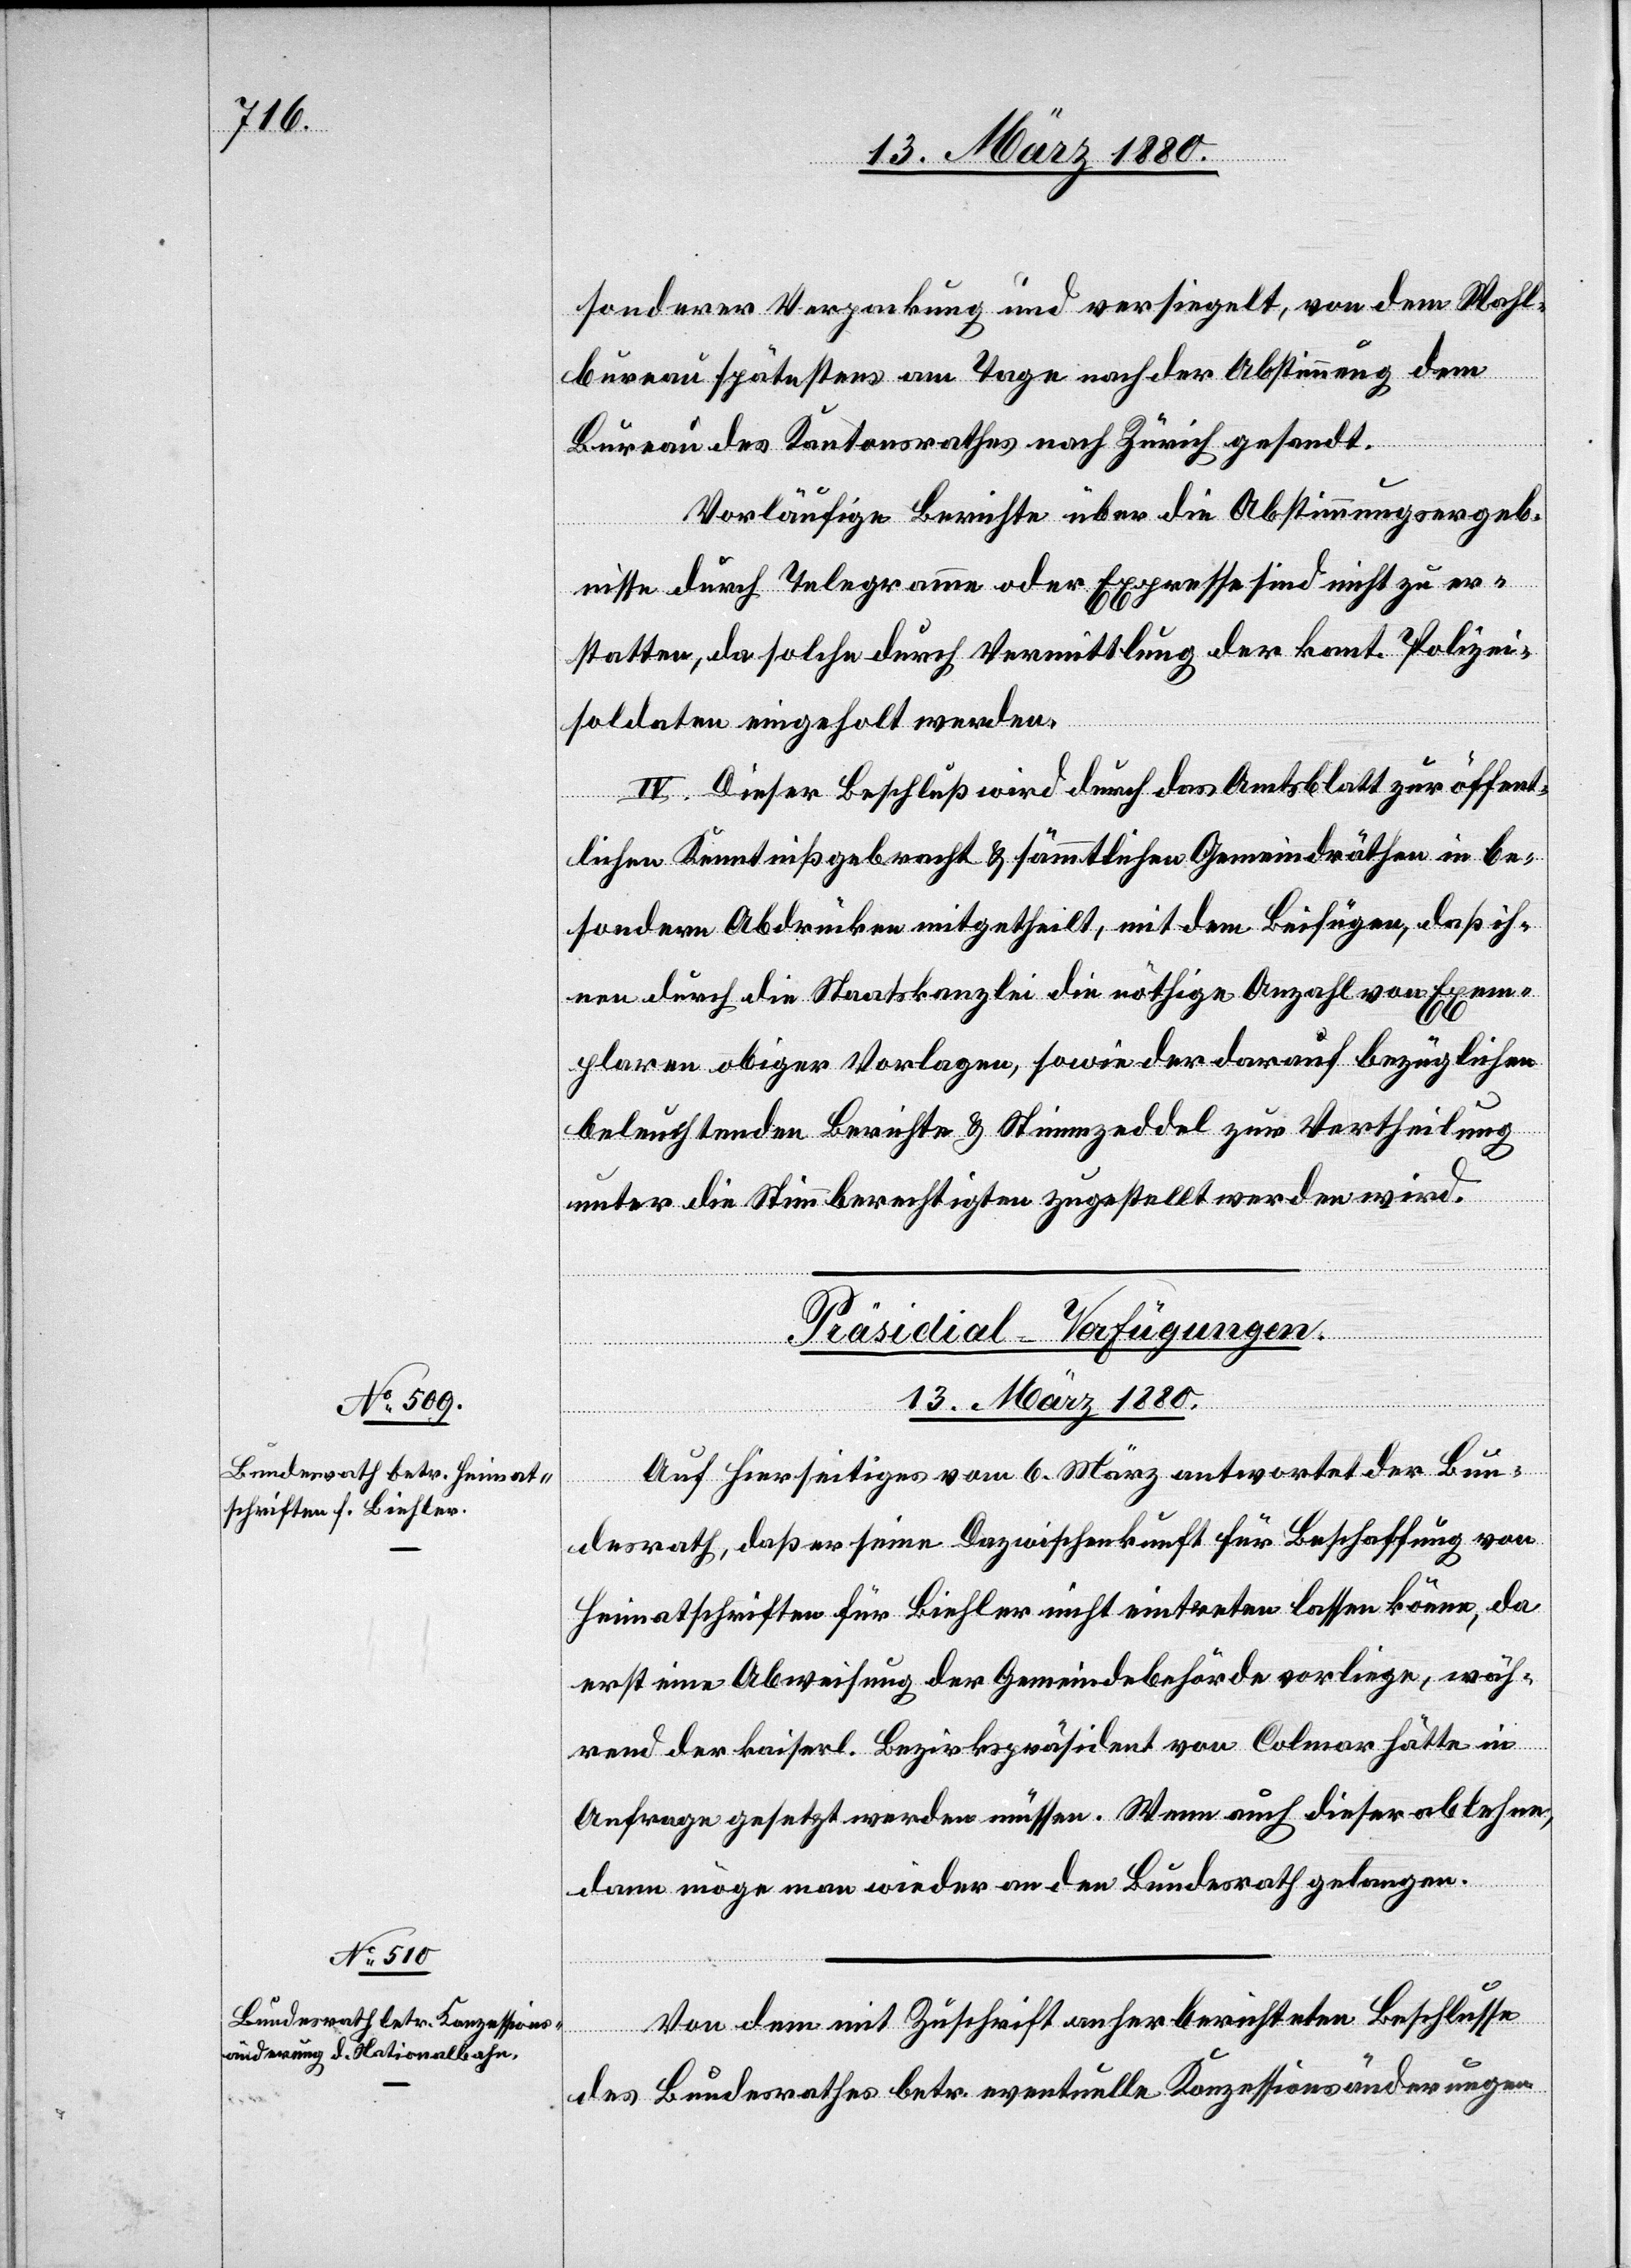
sonderer Verpackung und versiegelt, von dem Wahl¬
bureau spätestens am Tage nach der Abstimmung dem
Bureau des Kantonsrathes nach Zürich gesandt.
Vorläufige Berichte über die Abstimmungsergeb¬
nisse durch Telegramme oder Expresse sind nicht zu er¬
statten, da solche durch Vermittlung der kant. Polizei¬
soldaten eingeholt werden.
IV. Dieser Beschluß wird durch das Amtsblatt zur öffent¬
lichen Kenntniß gebracht & sämmtlichen Gemeindräthen in be¬
sondern Abdrücken mitgetheilt, mit dem Beifügen, daß ih¬
nen durch die Staatskanzlei die nöthige Anzahl von Exem¬
plaren obiger Vorlagen, sowie der darauf bezüglichen
beleuchtenden Berichte & Stimmzeddel zur Vertheilung
unter die Stimmberechtigten zugestellt werden wird.
[Präsidial-Verfügungen
13. März 1880.]
Auf hierseitiges vom 6. März antwortet der Bun¬
desrath, daß er seine Dazwischenkunft für Beschaffung von
Heimatschriften für Biehler nicht eintreten lassen könne, da
erst eine Abweisung der Gemeindebehörde vorliege, wäh¬
rend der kaiserl. Bezirkspräsident von Colmar hätte in
Anfrage gesetzt werden müssen. Wenn auch dieser ablehne,
dann möge man wieder an den Bundesrath gelangen.
Von dem mit Zuschrift anher berichteten Beschlusse
des Bundesrathes betr. eventuelle Konzessionsänderungen